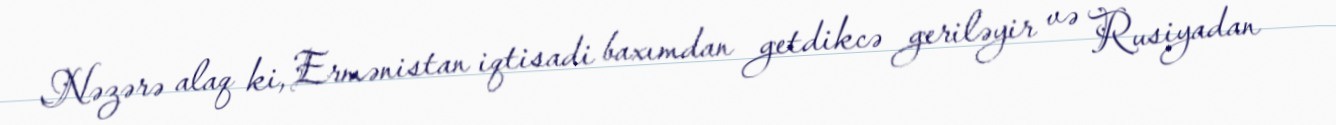
Nəzərə alaq ki, Ermənistan iqtisadi baxımdan getdikcə geriləyir və Rusiyadan